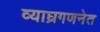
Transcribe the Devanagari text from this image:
व्याघ्रगणनेत